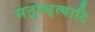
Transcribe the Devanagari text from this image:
मनुस्मृत्यादि